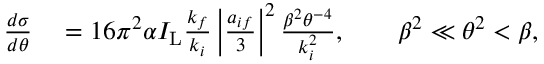
\begin{array} { r l } { \frac { d \sigma } { d \theta } } & { { } = 1 6 \pi ^ { 2 } \alpha I _ { \mathrm { L } } \frac { k _ { f } } { k _ { i } } \left\vert \frac { a _ { i f } } { 3 } \right\vert ^ { 2 } \frac { \beta ^ { 2 } \theta ^ { - 4 } } { k _ { i } ^ { 2 } } , \qquad \beta ^ { 2 } \ll \theta ^ { 2 } < \beta , } \end{array}